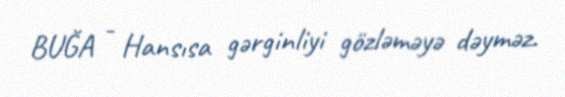
BUĞA - Hansısa gərginliyi gözləməyə dəyməz.